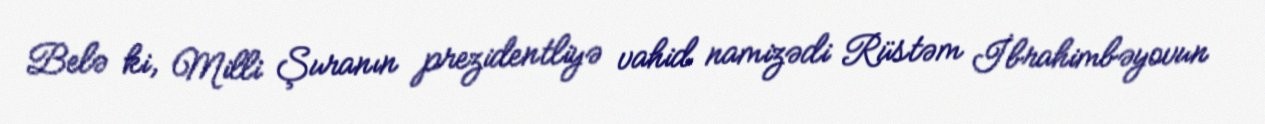
Belə ki, Milli Şuranın prezidentliyə vahid namizədi Rüstəm İbrahimbəyovun